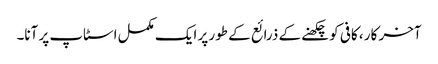
آخر کار ، کافی کو چکھنے کے ذرائع کے طور پر ایک مکمل اسٹاپ پر آنا۔